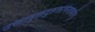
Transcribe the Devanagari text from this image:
उक्तानुक्तदुरूक्तचिन्ताकारितु